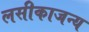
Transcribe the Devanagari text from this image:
लसीकाजन्य